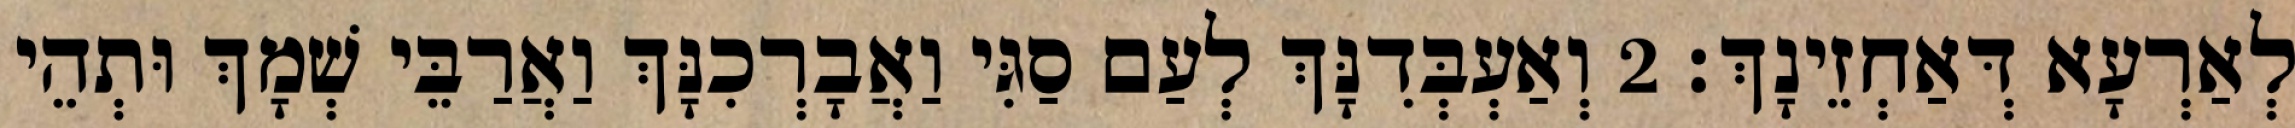
לְאַרְעָא דְּאַחְזֵינָךְ׃ 2 וְאַעְבְּדִנָּךְ לְעַם סַגִּי וַאֲבָרְכִנָּךְ וַאֲרַבֵּי שְׁמָךְ וּתְהֵי